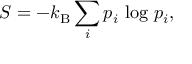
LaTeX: S = - k _ { \mathrm { B } } \sum _ { i } p _ { i } \, \log \, p _ { i } ,